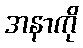
အနာကို